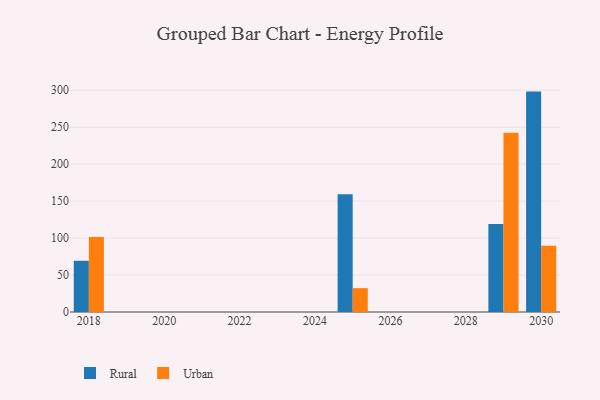
{"axis": {"x": "Year", "y": "Gross Profit (USD K)"}, "legend": ["Rural", "Urban"], "data": [{"x": "2025", "y": 159.2, "type": "Rural"}, {"x": "2025", "y": 32.3, "type": "Urban"}, {"x": "2029", "y": 119.2, "type": "Rural"}, {"x": "2029", "y": 242.5, "type": "Urban"}, {"x": "2030", "y": 298.2, "type": "Rural"}, {"x": "2030", "y": 89.6, "type": "Urban"}, {"x": "2018", "y": 69.3, "type": "Rural"}, {"x": "2018", "y": 101.5, "type": "Urban"}]}